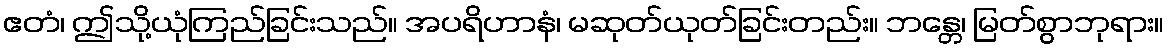
ဧတံ၊ ဤသို့ယုံကြည်ခြင်းသည်။ အပရိဟာနံ၊ မဆုတ်ယုတ်ခြင်းတည်း။ ဘန္တေ၊ မြတ်စွာဘုရား။